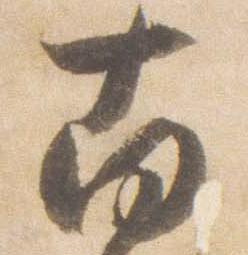
南